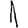
Digit: 1